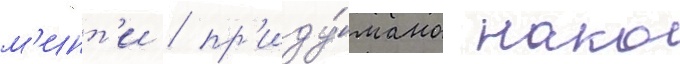
м'инт'и / пр'иду́мано нако